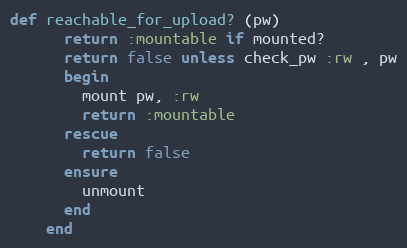
Language: Ruby
def reachable_for_upload? (pw)
      return :mountable if mounted?
      return false unless check_pw :rw , pw
      begin
        mount pw, :rw
        return :mountable
      rescue
        return false
      ensure
        unmount
      end
    end